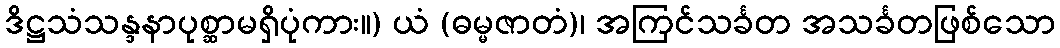
ဒိဋ္ဌသံသန္ဒနာပုစ္ဆာမရှိပုံကား။) ယံ (ဓမ္မဇာတံ)၊ အကြင်သင်္ခတ အသင်္ခတဖြစ်သော